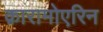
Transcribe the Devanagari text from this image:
क़ारामोएरिन